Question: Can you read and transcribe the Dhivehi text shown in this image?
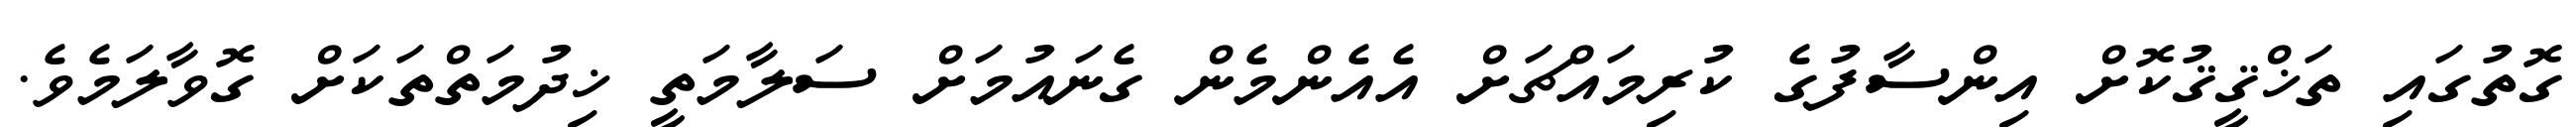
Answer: ގޮތުގައި ތަޚްޤީޤުކޮށް އިންސާފުގެ ކުރިމައްޗަށް އެއެންމެން ގެނައުމަށް ސަލާމަތީ ޚިދުމަތްތަކަށް ގޮވާލަމެވެ.